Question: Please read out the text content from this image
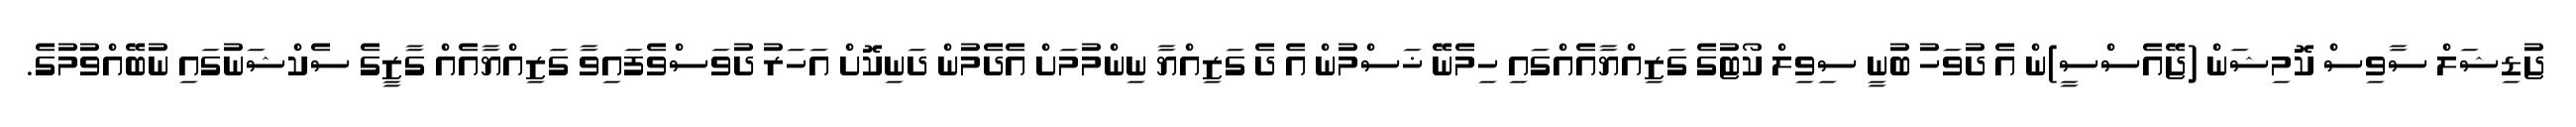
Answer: ޖުޑިޝަލް ސާވިސް ކޮމިޝަން (ޖޭއެސްސީ)ން އެ ދުވަހު ބުނީ ސިވިލް ކޯޓުގެ ގަޒިއްޔާއެއްގައި ހިމެނޭ ޚަސްމުން އެ ދެ ގަޒިއްޔާ ނިންމުމަށް އެދެމުން ދަނިކޮށް އަހަރު ދުވަސްވެފައިވާ ގަޒިއްޔާއެއް ގާޒީގެ ސެކްޝަނުގައި ނުބޭއްވުމުގެ.